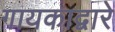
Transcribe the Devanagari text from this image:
गायकाद्वारे